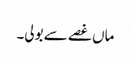
ماں غصے سے بولی۔